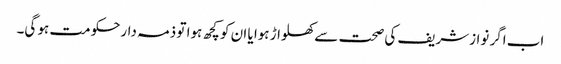
اب اگر نوازشریف کی صحت سے کھلواڑ ہوا یا ان کو کچھ ہوا تو ذمہ دارحکومت ہو گی۔